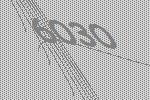
6030